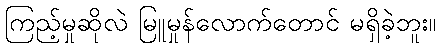
ကြည့်မှုဆိုလဲ မြူမှုန်လောက်တောင် မရှိခဲ့ဘူး။